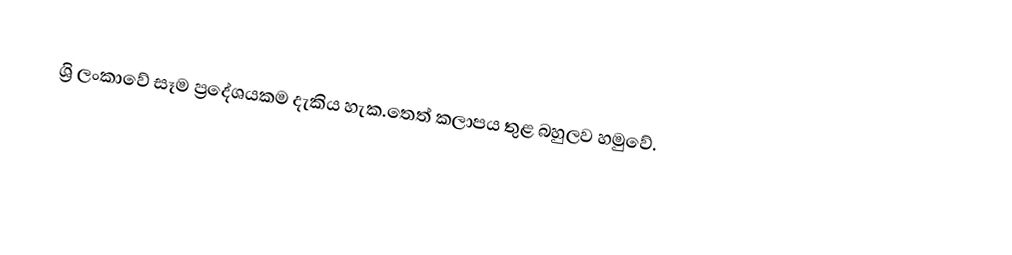
ශ්‍රි ලංකාවේ සෑම ප්‍රදේශයකම දැකිය හැක.තෙත් කලාපය තුළ බහුලව හමුවේ.